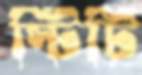
স্টিটি